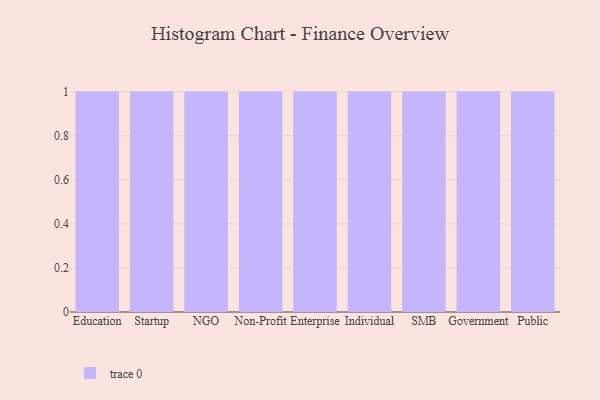
{"axis": {"x": "Segment", "y": "Temperature (°C)"}, "legend": [""], "data": [{"x": "Education", "y": 17, "type": ""}, {"x": "Startup", "y": 7, "type": ""}, {"x": "NGO", "y": 82, "type": ""}, {"x": "Non-Profit", "y": 87, "type": ""}, {"x": "Enterprise", "y": 57, "type": ""}, {"x": "Individual", "y": 37, "type": ""}, {"x": "SMB", "y": 36, "type": ""}, {"x": "Government", "y": 90, "type": ""}, {"x": "Public", "y": 41, "type": ""}]}